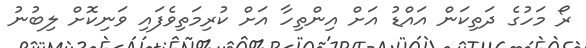
ރޯ މަހުގެ ދަތިކަން އައްޑު އަށް އިންތިހާ އަށް ކުރިމަތިވެފައި ވަނިކޮށް ލިބުނު